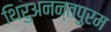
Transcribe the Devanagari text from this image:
थिरुअनन्तपुरम